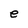
Character: e